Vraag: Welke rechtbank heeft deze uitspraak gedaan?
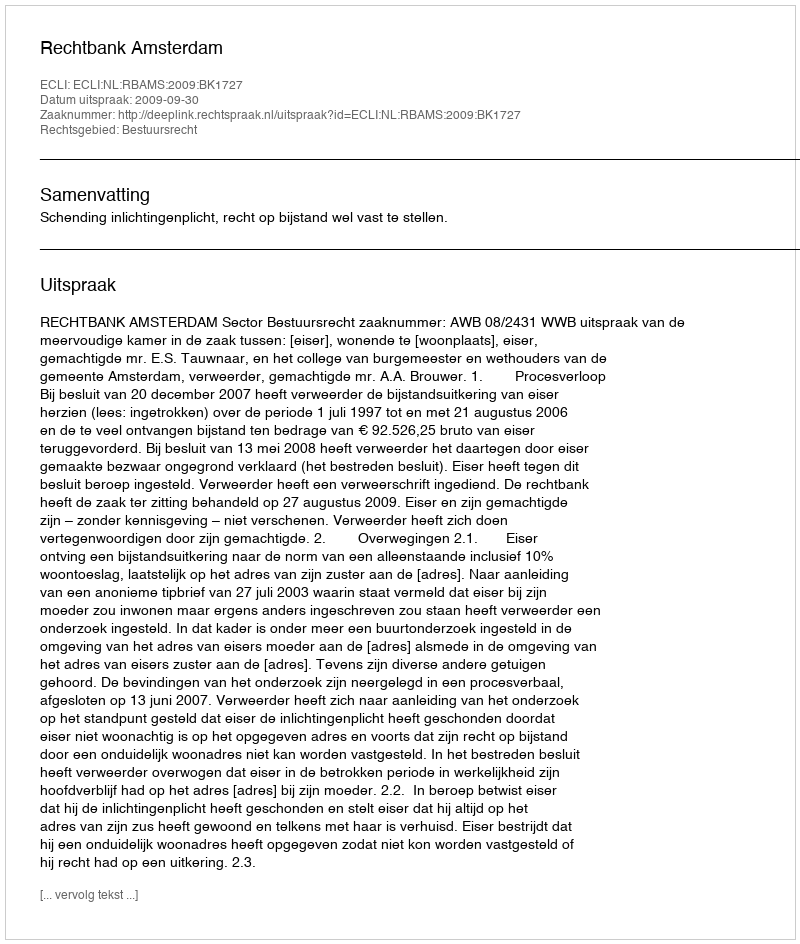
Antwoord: Rechtbank Amsterdam